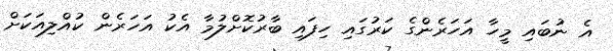
އެ ނުބައި މީހާ އަހަރެންގެ ކަރުގައި ހިފައި ބާރުކޮށްލުމާ އެކު އަހަރެން ކުއްލިއަކަށް